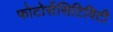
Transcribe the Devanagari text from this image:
फोटोसेंसिटिविटी